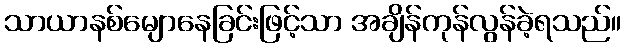
သာယာနစ်မျောနေခြင်းဖြင့်သာ အချိန်ကုန်လွန်ခဲ့ရသည်။